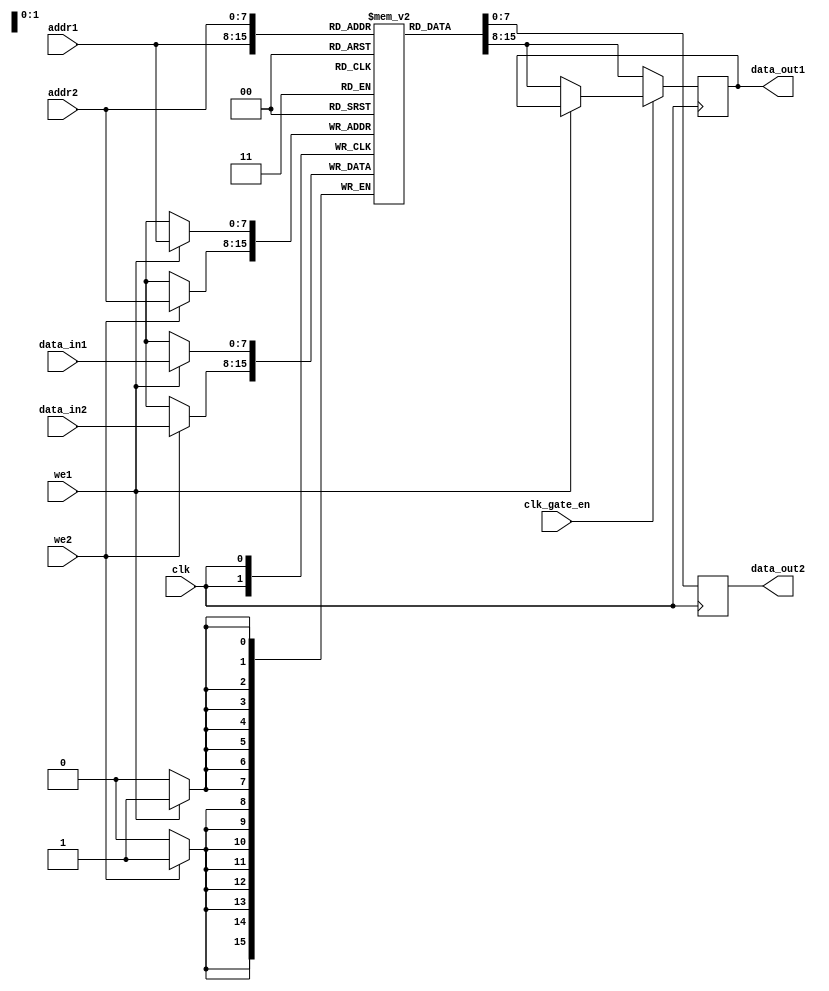
module dual_port_ram (
    input wire clk,
    input wire [7:0] addr1,
    input wire [7:0] addr2,
    input wire [7:0] data_in1,
    input wire [7:0] data_in2,
    input wire we1,
    input wire we2,
    input wire clk_gate_en,
    output reg [7:0] data_out1,
    output reg [7:0] data_out2
);

reg [7:0] memory [0:255]; // 256x8 dual-port memory array

always @ (posedge clk) begin
    if (we1)
        memory[addr1] <= data_in1;
    if (we2)
        memory[addr2] <= data_in2;
    
    if (clk_gate_en) begin  // Clock gating on one port
        if (!we1)
            data_out1 <= memory[addr1];
    end else begin
        data_out1 <= memory[addr1];
    end

    data_out2 <= memory[addr2];
end

endmodule